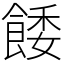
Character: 餧